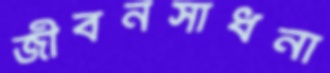
জীবনসাধনা